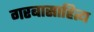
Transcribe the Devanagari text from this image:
गरबासाहित्य